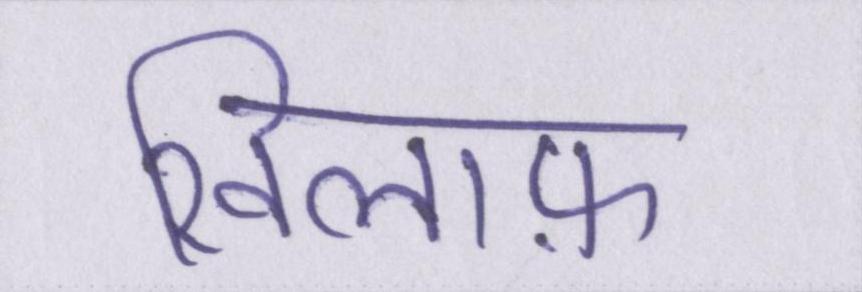
खिलाफ़